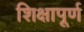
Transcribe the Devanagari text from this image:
शिक्षापूर्ण